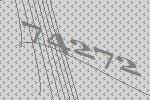
74272